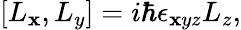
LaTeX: [{L_{\mathbf{x}}},{L_{y}}]=i\hbar\epsilon_{\mathbf{x}yz}{L_{z}},